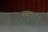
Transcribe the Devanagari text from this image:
स्मृता॥